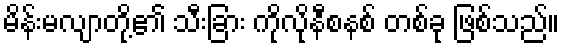
မိန်းမလျာတို့၏ သီးခြား ကိုလိုနီစနစ် တစ်ခု ဖြစ်သည်။